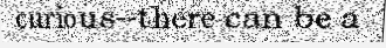
curious--there can be a